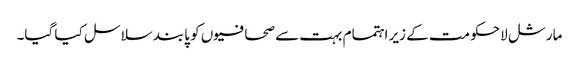
مارشل لا حکومت کے زیر اہتمام بہت سے صحافیوں کو پابند سلاسل کیا گیا۔